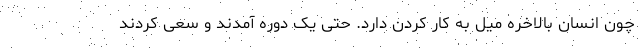
چون انسان بالاخره میل به کار کردن دارد. حتی یک دوره آمدند و سعی کردند